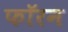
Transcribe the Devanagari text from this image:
फॉरन